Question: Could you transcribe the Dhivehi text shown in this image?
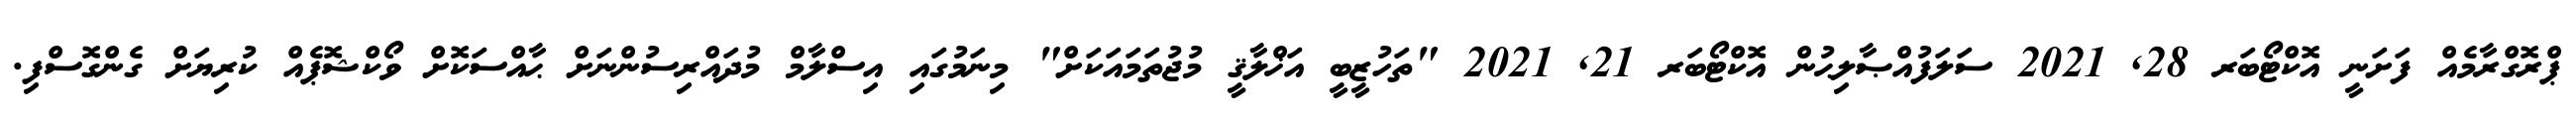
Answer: ޕްރޮގްރާމެއް ފަށަނީ އޮކްޓޯބަރ 28, 2021 ސަލަފުއްޞާލިޙުން އޮކްޓޯބަރ 21, 2021 "ތަހުޒީބީ އަޚްލާޤީ މުޖުތަމައަކަށް" މިނަމުގައި އިސްލާމް މުދައްރިސުންނަށް ޙާއްސަކޮށް ވޯކްޝޮޕެއް ކުރިޔަށް ގެންގޮސްފި.